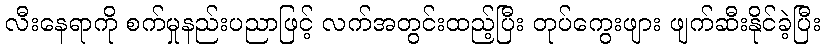
လီးနေရာကို စက်မှုနည်းပညာဖြင့် လက်အတွင်းထည့်ပြီး တုပ်ကွေးဖျား ဖျက်ဆီးနိုင်ခဲ့ပြီး